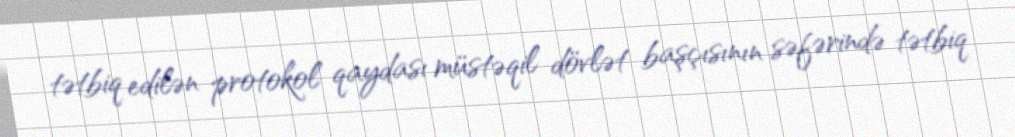
tətbiq edilən protokol qaydası müstəqil dövlət başçısının səfərində tətbiq